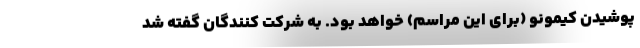
پوشیدن کیمونو (برای این مراسم) خواهد بود. به شرکت کنندگان گفته شد